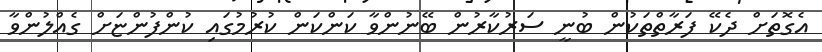
އެގޮތަށް ދެކޭ ފަރާތްތަކުން ބުނީ ސަރުކާރުން ބޭނުންވާ ކަންކަން ކުރުމުގައި ކުންފުންޏަށް ގެއްލުންވާ